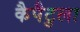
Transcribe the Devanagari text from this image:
कैपैटुला